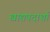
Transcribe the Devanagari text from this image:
खाद्यपदार्था